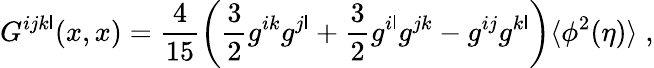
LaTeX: G^{ijk\mathsf{l}}(x,x)=\frac{{4}}{{15}}\left(\frac{{3}}{{2}}g^{ik}g^{j\mathsf{l}}+\frac{{3}}{{2}}g^{i\mathsf{l}}g^{jk}-g^{ij}g^{k\mathsf{l}}\right)\langle\phi^{2}(\eta)\rangle\; ,